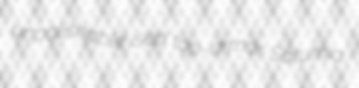
unpolishable ised top-armor Saturnia